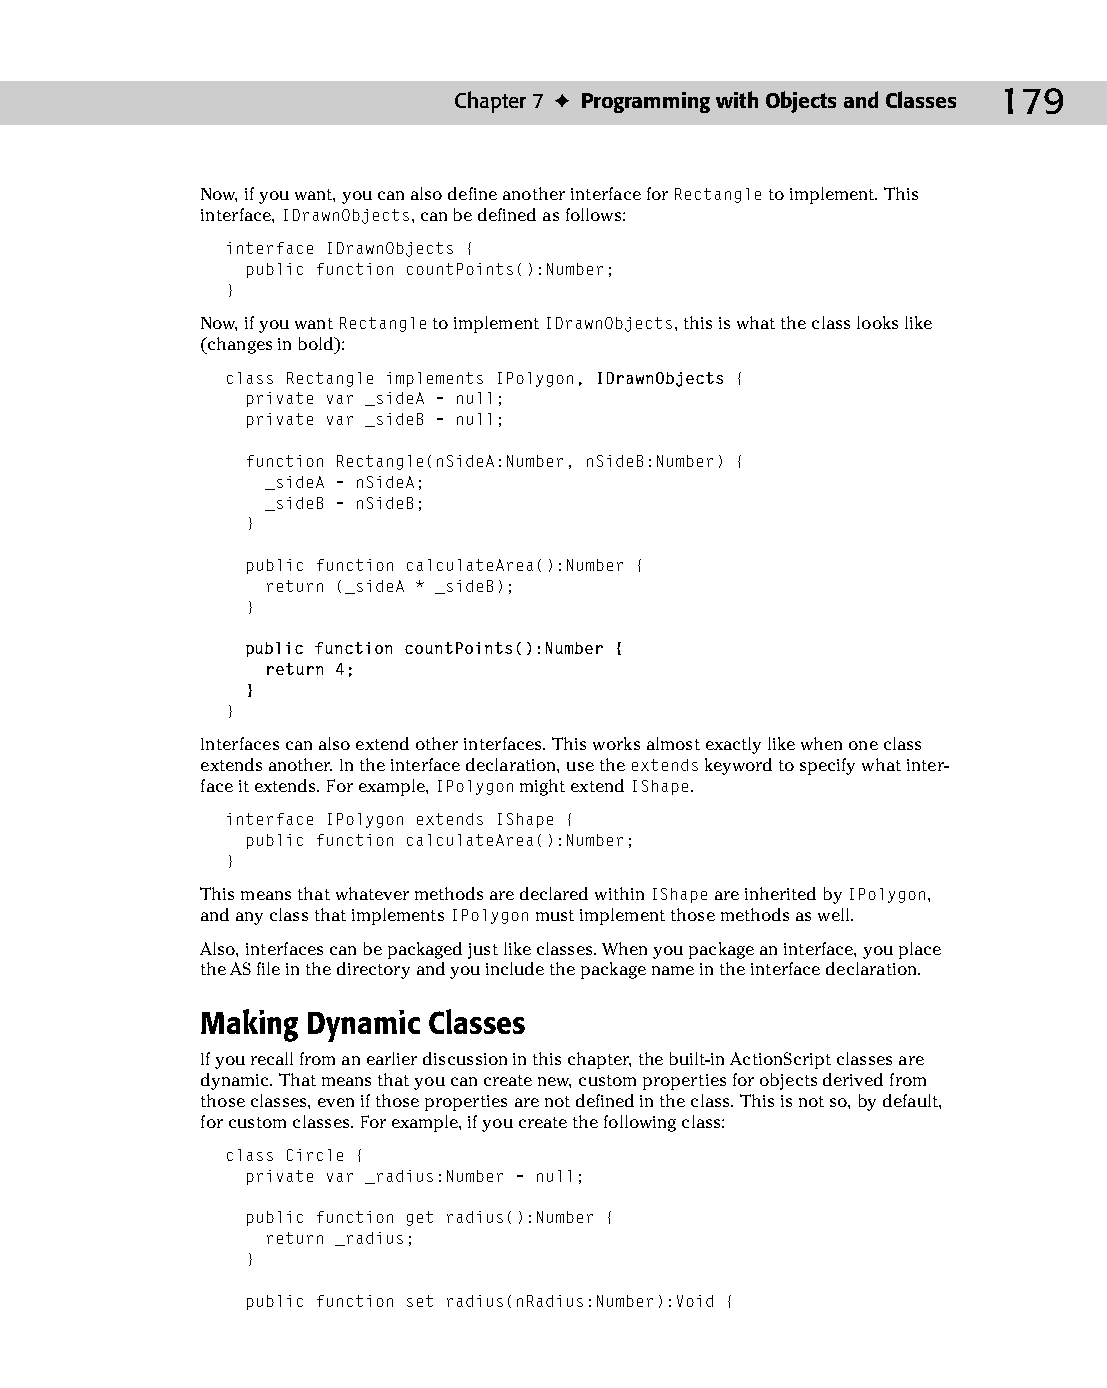
10 543547 ch07.qxd 3/24/04 3:50 PM Page 179
 Chapter 7 ✦ Programming with Objects and Classes 179
 Now, if you want, you can also define another interface for Rectangle to implement. This
 interface, IDrawnObjects, can be defined as follows:
 interface IDrawnObjects {
 public function countPoints():Number;
 }
 Now, if you want Rectangle to implement IDrawnObjects, this is what the class looks like
 (changes in bold):
 class Rectangle implements IPolygon, IDrawnObjects {
 private var _sideA = null;
 private var _sideB = null;
 function Rectangle(nSideA:Number, nSideB:Number) {
 _sideA = nSideA;
 _sideB = nSideB;
 }
 public function calculateArea():Number {
 return (_sideA * _sideB);
 }
 public function countPoints():Number {
 return 4;
 }
 }
 Interfaces can also extend other interfaces. This works almost exactly like when one class
 extends another. In the interface declaration, use the extends keyword to specify what inter­
 face it extends. For example, IPolygon might extend IShape.
 interface IPolygon extends IShape {
 public function calculateArea():Number;
 }
 This means that whatever methods are declared within IShape are inherited by IPolygon,
 and any class that implements IPolygon must implement those methods as well.
 Also, interfaces can be packaged just like classes. When you package an interface, you place
 the AS file in the directory and you include the package name in the interface declaration.
 Making Dynamic Classes
 If you recall from an earlier discussion in this chapter, the built-in ActionScript classes are
 dynamic. That means that you can create new, custom properties for objects derived from
 those classes, even if those properties are not defined in the class. This is not so, by default,
 for custom classes. For example, if you create the following class:
 class Circle {
 private var _radius:Number = null;
 public function get radius():Number {
 return _radius;
 }
 public function set radius(nRadius:Number):Void {